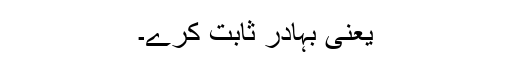
یعنی بہادر ثابت کرے۔